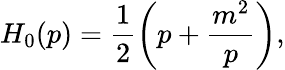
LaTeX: H_{0}(p)=\frac 12\left(p+\frac{m^{2}}{p}\right),